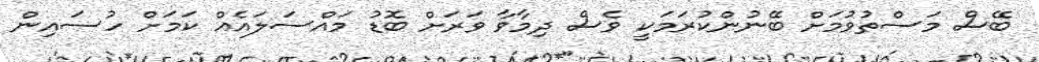
ބޭސް މަސްތުވުމަށް ބޭނުންކުރަމަކީ ވެސް ދިމާވާ ވަރަށް ބޮޑު މައްސަލައެއް ކަމަށް ހުސައިން